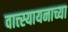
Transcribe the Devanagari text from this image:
वात्त्स्यायनाच्या